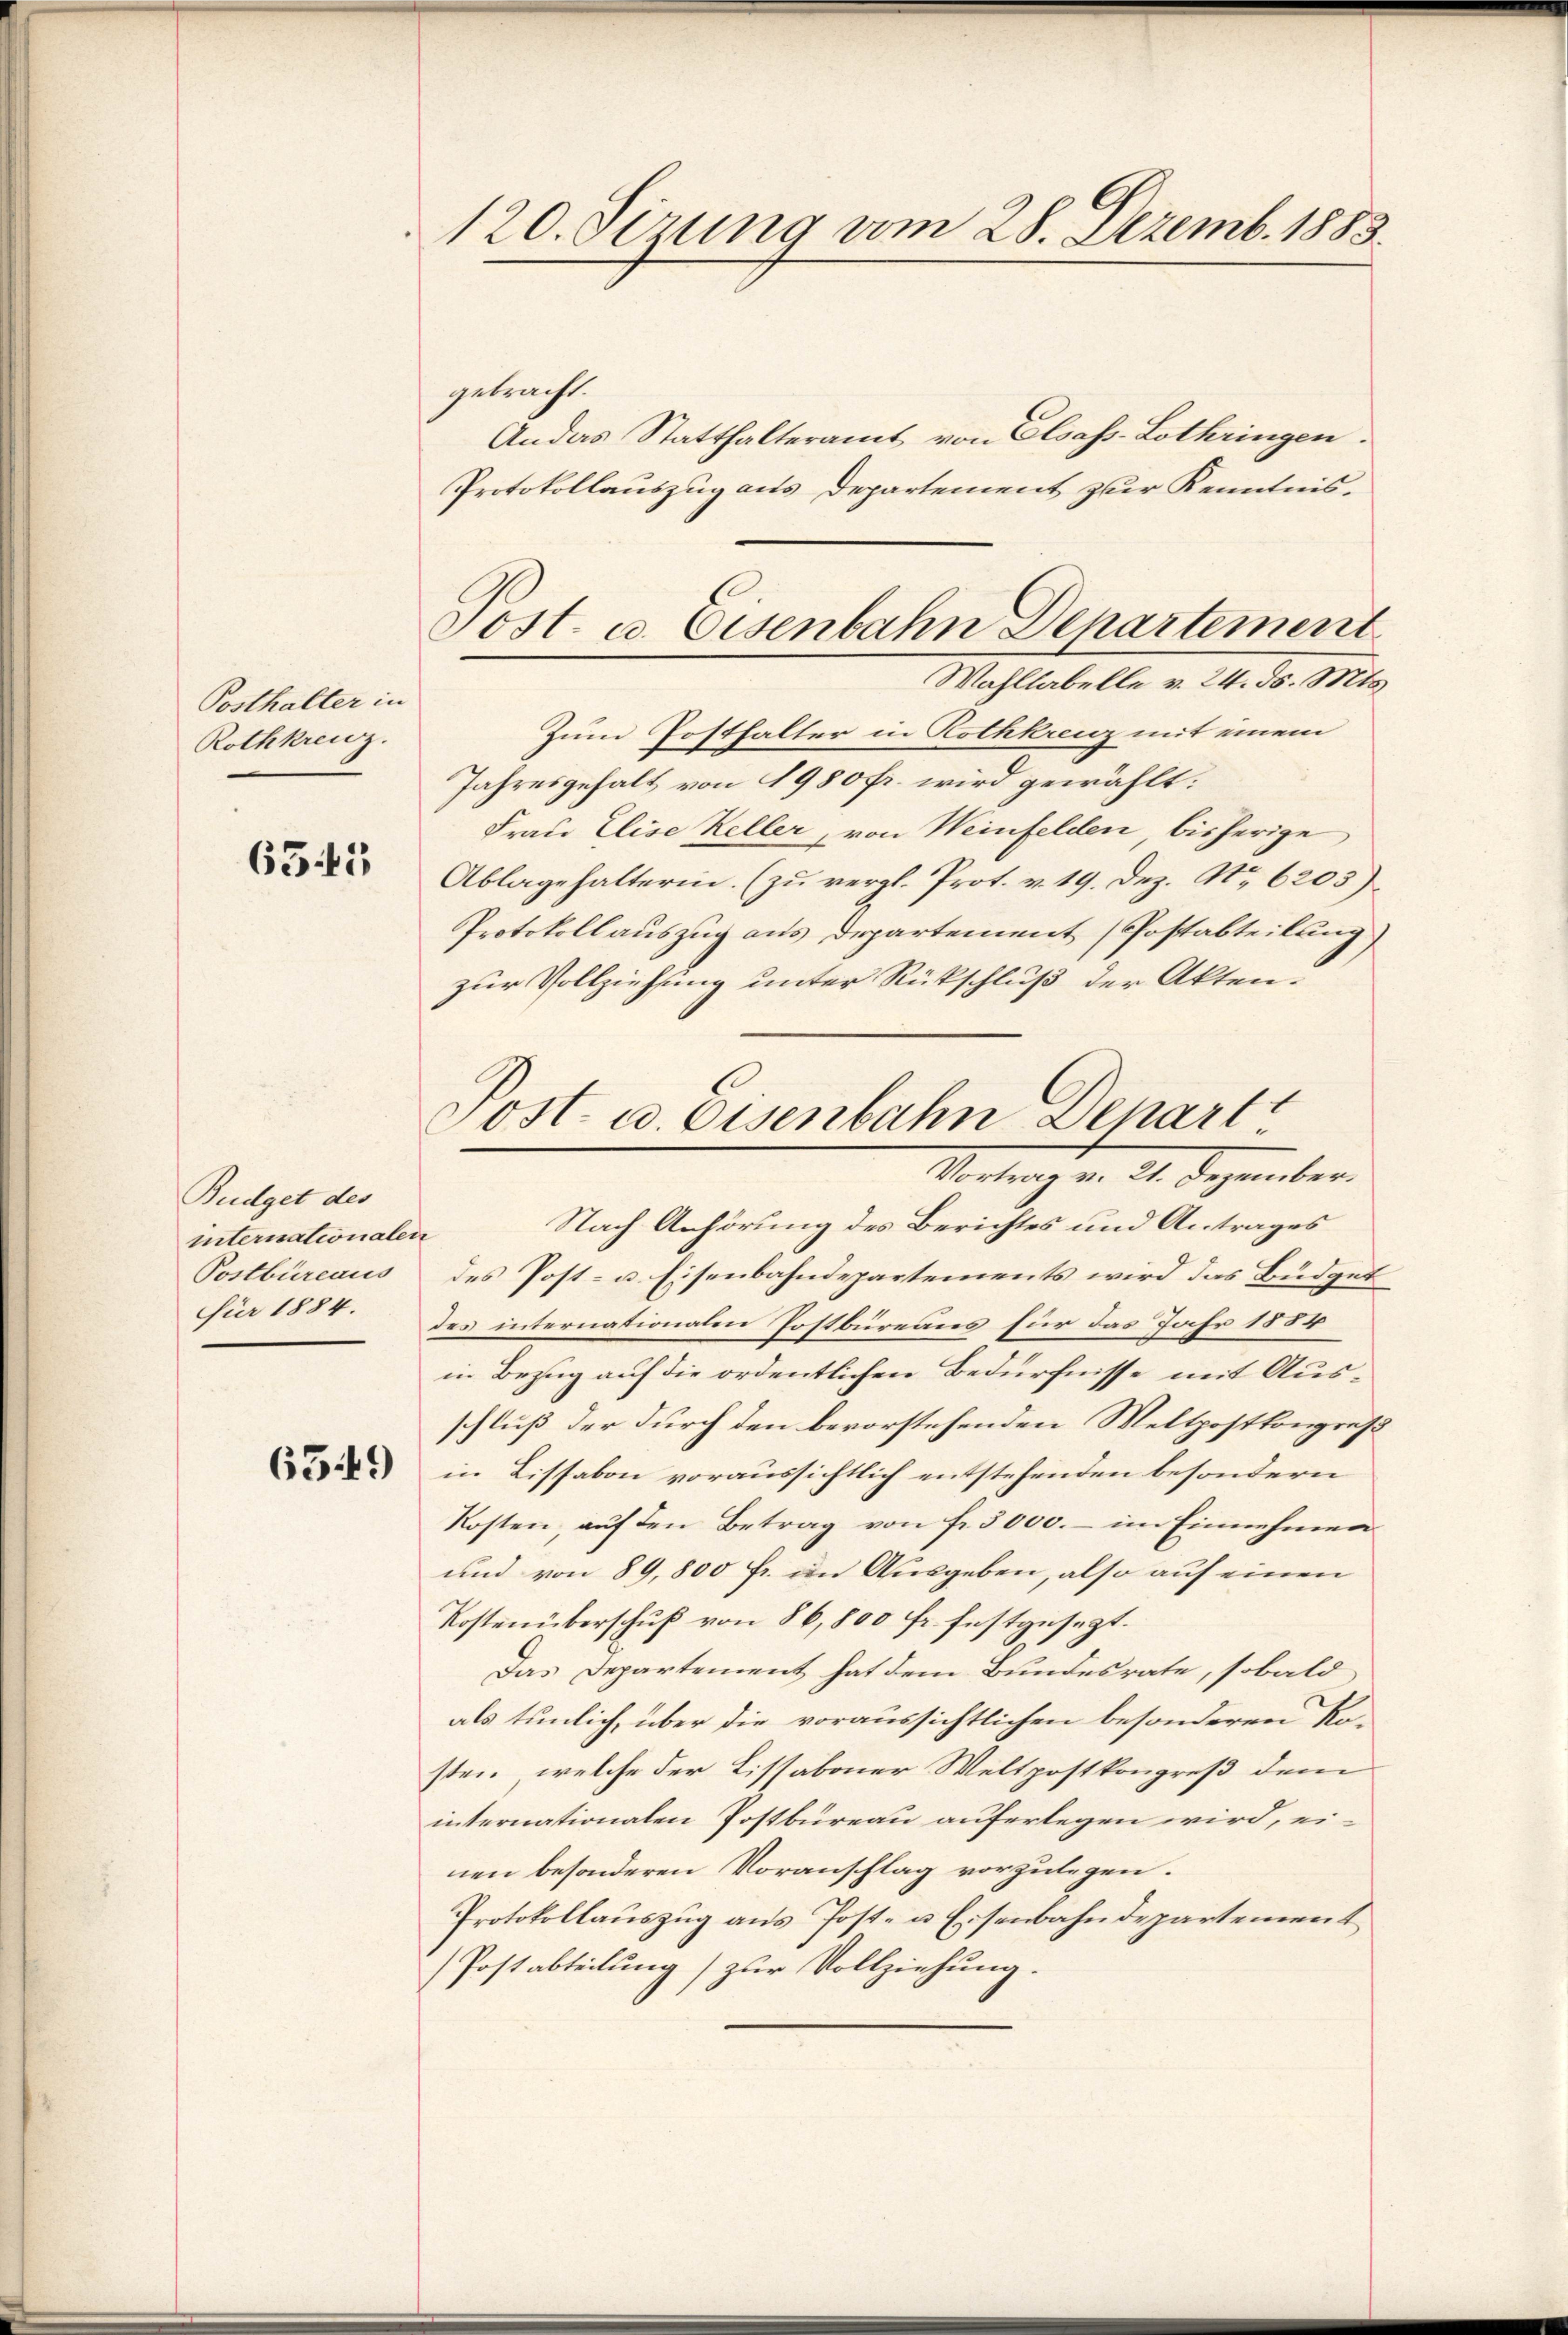
Posthalter in
Rothkreuz.

655

Budget des
internationalen
Postbureaus
für 1884.

6549)

120. Sizung vom 28. Dezemb. 1883.

gebracht.
Andas Statthalteramt von Elsass-Lothringen.
Protokollauszug aus Departement zur Kenntnis-

Sost. c. Eisenbahn Departement
Wahllabelle v. 24. ds. Mts.

Zum Posthalter in Rothkreuz mit einem
Jahresgehalt von 1980 fr. wird gewählt.
Frau Elise Keller, von Weinfelden bisherige
Ablagehalterin. (zu vergl. Prot. v. 19. Dez. No 6203).
Protokollauszug aus Departement (Postabteilung)
zur Vollziehung unter Rückschluß der Akten¬
Nach Anhörung des Berichtes und Antrages
des Post- u. Eisenbahndepartements wird das Büdget
des internationalen Postbüreaus für das Jahr 1854
in Bezug auf die ordentlichen Bedürfnisse mit Ausschluß der durch den bevorstehenden Weltpostkongreß
in Lissabon voraussichtlich entstehenden besondern
Kosten, auf den Betrag von fr. 3000.- im Einnehmen
und von 89,800 fr. im Ausgeben, also auf einen
Kostenüberschuß von 86,800 fr. festgesezt.
Das Departement hat dem Bundesrate, sobald
als tunlich, über die voraussichtlichen besonderen Ko-
sten, welche der Lissaboner Weltpostkongreß dem
internationalen Postbureau auferlegen wird, einen besonderen Voranschlag vorzulegen.
Protokollauszug aus Post- u Eisenbahndepartement
Postabteilung) zur Vollziehung.

.
Post- u. Eisenbahn Depart
Vortrag v. 21. Dezember.